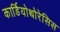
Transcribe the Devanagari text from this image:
कार्डियोथोरेसिस